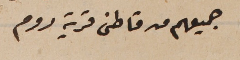
جميعهم من قاطنى قرية روم